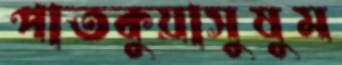
পাতকুয়াসুষুম